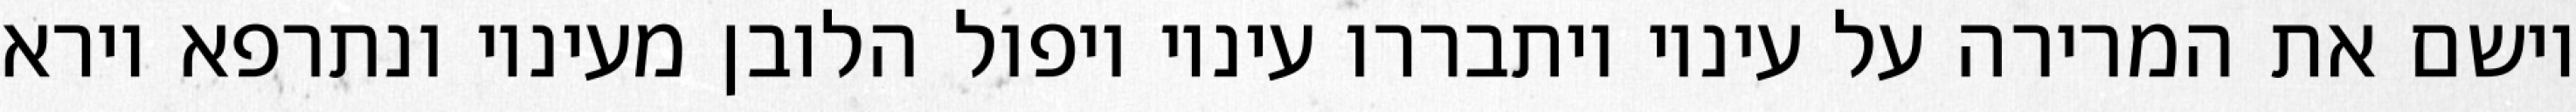
וישם את המרירה על עיניו ויתבררו עיניו ויפול הלובן מעיניו ונתרפא וירא